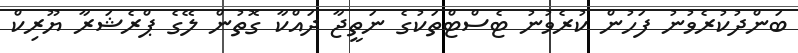
ބަންދުކުރެވުނު ފަހުން ކުރެވުނު ޓެސްޓްތަކުގެ ނަތީޖާ ދައްކާ ގޮތުން ލޭގެ ޕްރެޝަރާ ޔޫރިކް